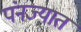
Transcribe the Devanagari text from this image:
पंनज्यात